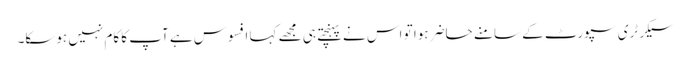
سیکرٹری سپورٹ کے سامنے حاضر ہوا تو اس نے پہنچتے ہی مجھے کہا افسوس ہے آپ کا کام نہیں ہوسکا۔